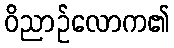
ဝိညာဉ်လောက၏